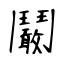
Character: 鬫